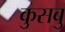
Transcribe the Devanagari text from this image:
कुसबु